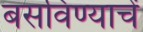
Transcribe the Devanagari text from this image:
बसविण्याचें